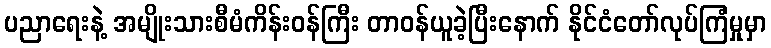
ပညာရေးနဲ့ အမျိုးသားစီမံကိန်းဝန်ကြီး တာဝန်ယူခဲ့ပြီးနောက် နိုင်ငံတော်လုပ်ကြံမှုမှာ